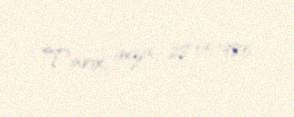
Tarix, imza: 28.05.1980